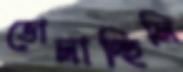
ভোলাচ্ছিলি